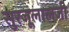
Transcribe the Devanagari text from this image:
सुरजूलालजी